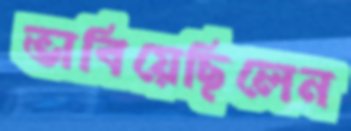
ভাবিয়েছিলেন